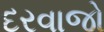
દરવાજો